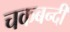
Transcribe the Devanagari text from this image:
चकबन्दी